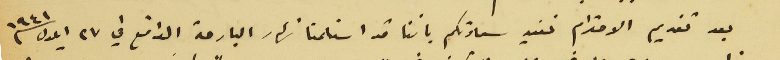
بعد تقديم الاحترام نفيد سعادتكم باننا قد استلمنا نهار البارحة الواقع في ٢٧ ايلول سنه ١٩٤١